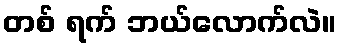
တစ် ရက် ဘယ်လောက်လဲ။